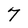
Character: 7